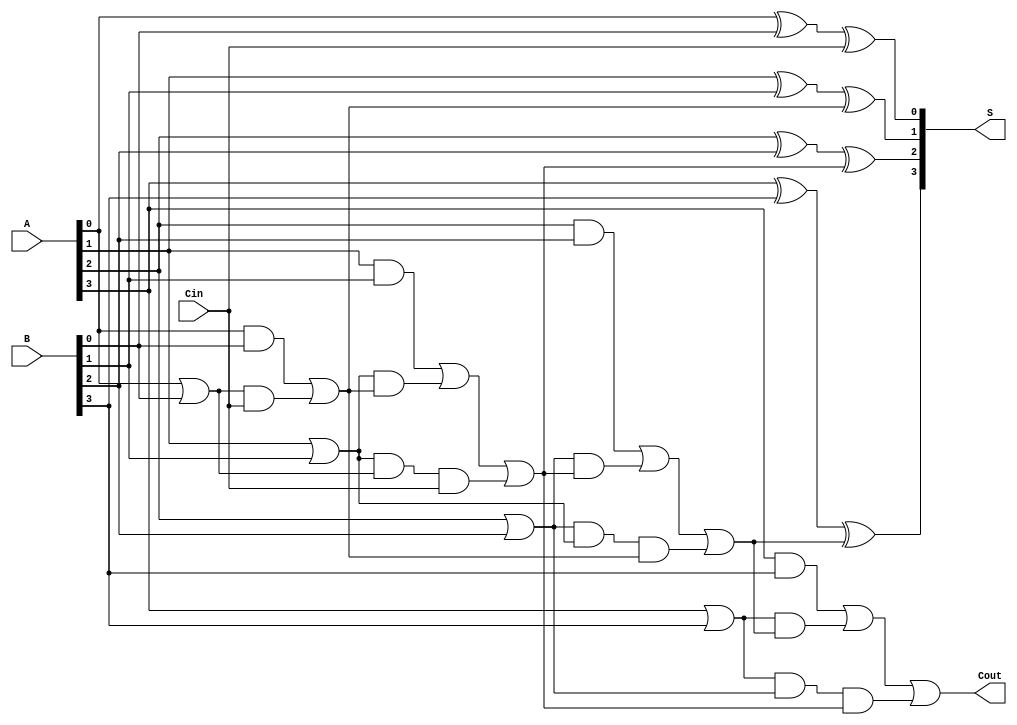
module CarryLookaheadAdder #(parameter n = 4) (
    input  [n-1:0] A,    // First n-bit input
    input  [n-1:0] B,    // Second n-bit input
    input         Cin,    // Carry-in
    output [n-1:0] S,     // n-bit sum output
    output        Cout     // Carry-out
);

    // Generate and Propagate signals
    wire [n-1:0] G; // Generate
    wire [n-1:0] P; // Propagate
    wire [n:0] C;   // Carry signals

    // Generate and Propagate logic
    genvar i;
    generate
        for (i = 0; i < n; i = i + 1) begin : gen_prop
            assign G[i] = A[i] & B[i]; // Generate
            assign P[i] = A[i] | B[i]; // Propagate
        end
    endgenerate

    // Carry logic
    assign C[0] = Cin; // Initial carry
    generate
        for (i = 0; i < n; i = i + 1) begin : carry_logic
            if (i == 0) begin
                assign C[i + 1] = G[i] | (P[i] & C[i]);
            end else begin
                assign C[i + 1] = G[i] | (P[i] & C[i]) | (P[i] & P[i-1] & C[i-1]);
            end
        end
    endgenerate

    // Sum calculation
    generate
        for (i = 0; i < n; i = i + 1) begin : sum_calculation
            assign S[i] = A[i] ^ B[i] ^ C[i]; // Sum
        end
    endgenerate

    // Carry-out
    assign Cout = C[n]; // Final carry-out

endmodule